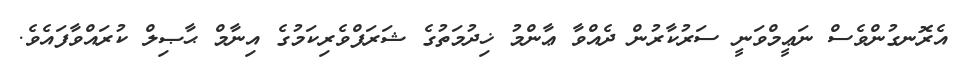
އެރޮނގުންވެސް ނަޢީމްވަނީ ސަރުކާރުން ދެއްވާ ޢާންމު ޚިދުމަތުގެ ޝަރަފްވެރިކަމުގެ އިނާމް ޙާޞިލް ކުރައްވާފައެވެ.